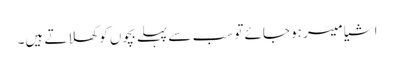
اشیا میسر ہو جائے تو سب سے پہلے بچوں کو کھلاتے ہیں۔